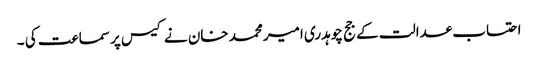
احتساب عدالت کے جج چوہدری امیر محمد خان نے کیس پر سماعت کی ۔